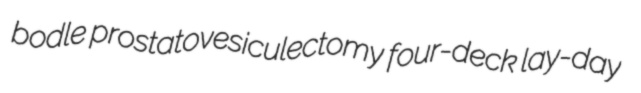
bodle prostatovesiculectomy four-deck lay-day